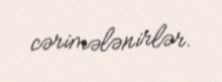
cərimələnirlər.